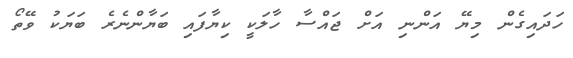
ހަދައިގެން މިޔޭ އަންނި އަށް ޖައްސާ ހާލަކީ ކިޔާފައި ބަޔާންނެރެ ބަޔަކު ވޭތޯ